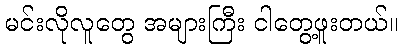
မင်းလိုလူတွေ အများကြီး ငါတွေ့ဖူးတယ်။